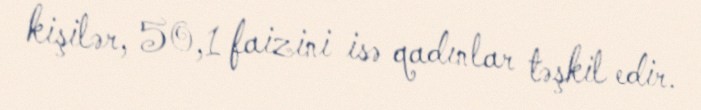
kişilər, 50,1 faizini isə qadınlar təşkil edir.